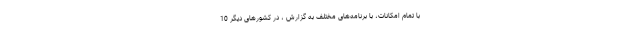
با تمام امکانات، با برنامه‌های مختلف به گزارش ، در کشورهای دیگر 10